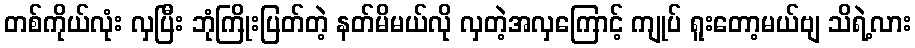
တစ်ကိုယ်လုံး လှပြီး ဘုံကြိုးပြတ်တဲ့ နတ်မိမယ်လို လှတဲ့အလှကြောင့် ကျုပ် ရူးတော့မယ်ဗျ သိရဲ့လား